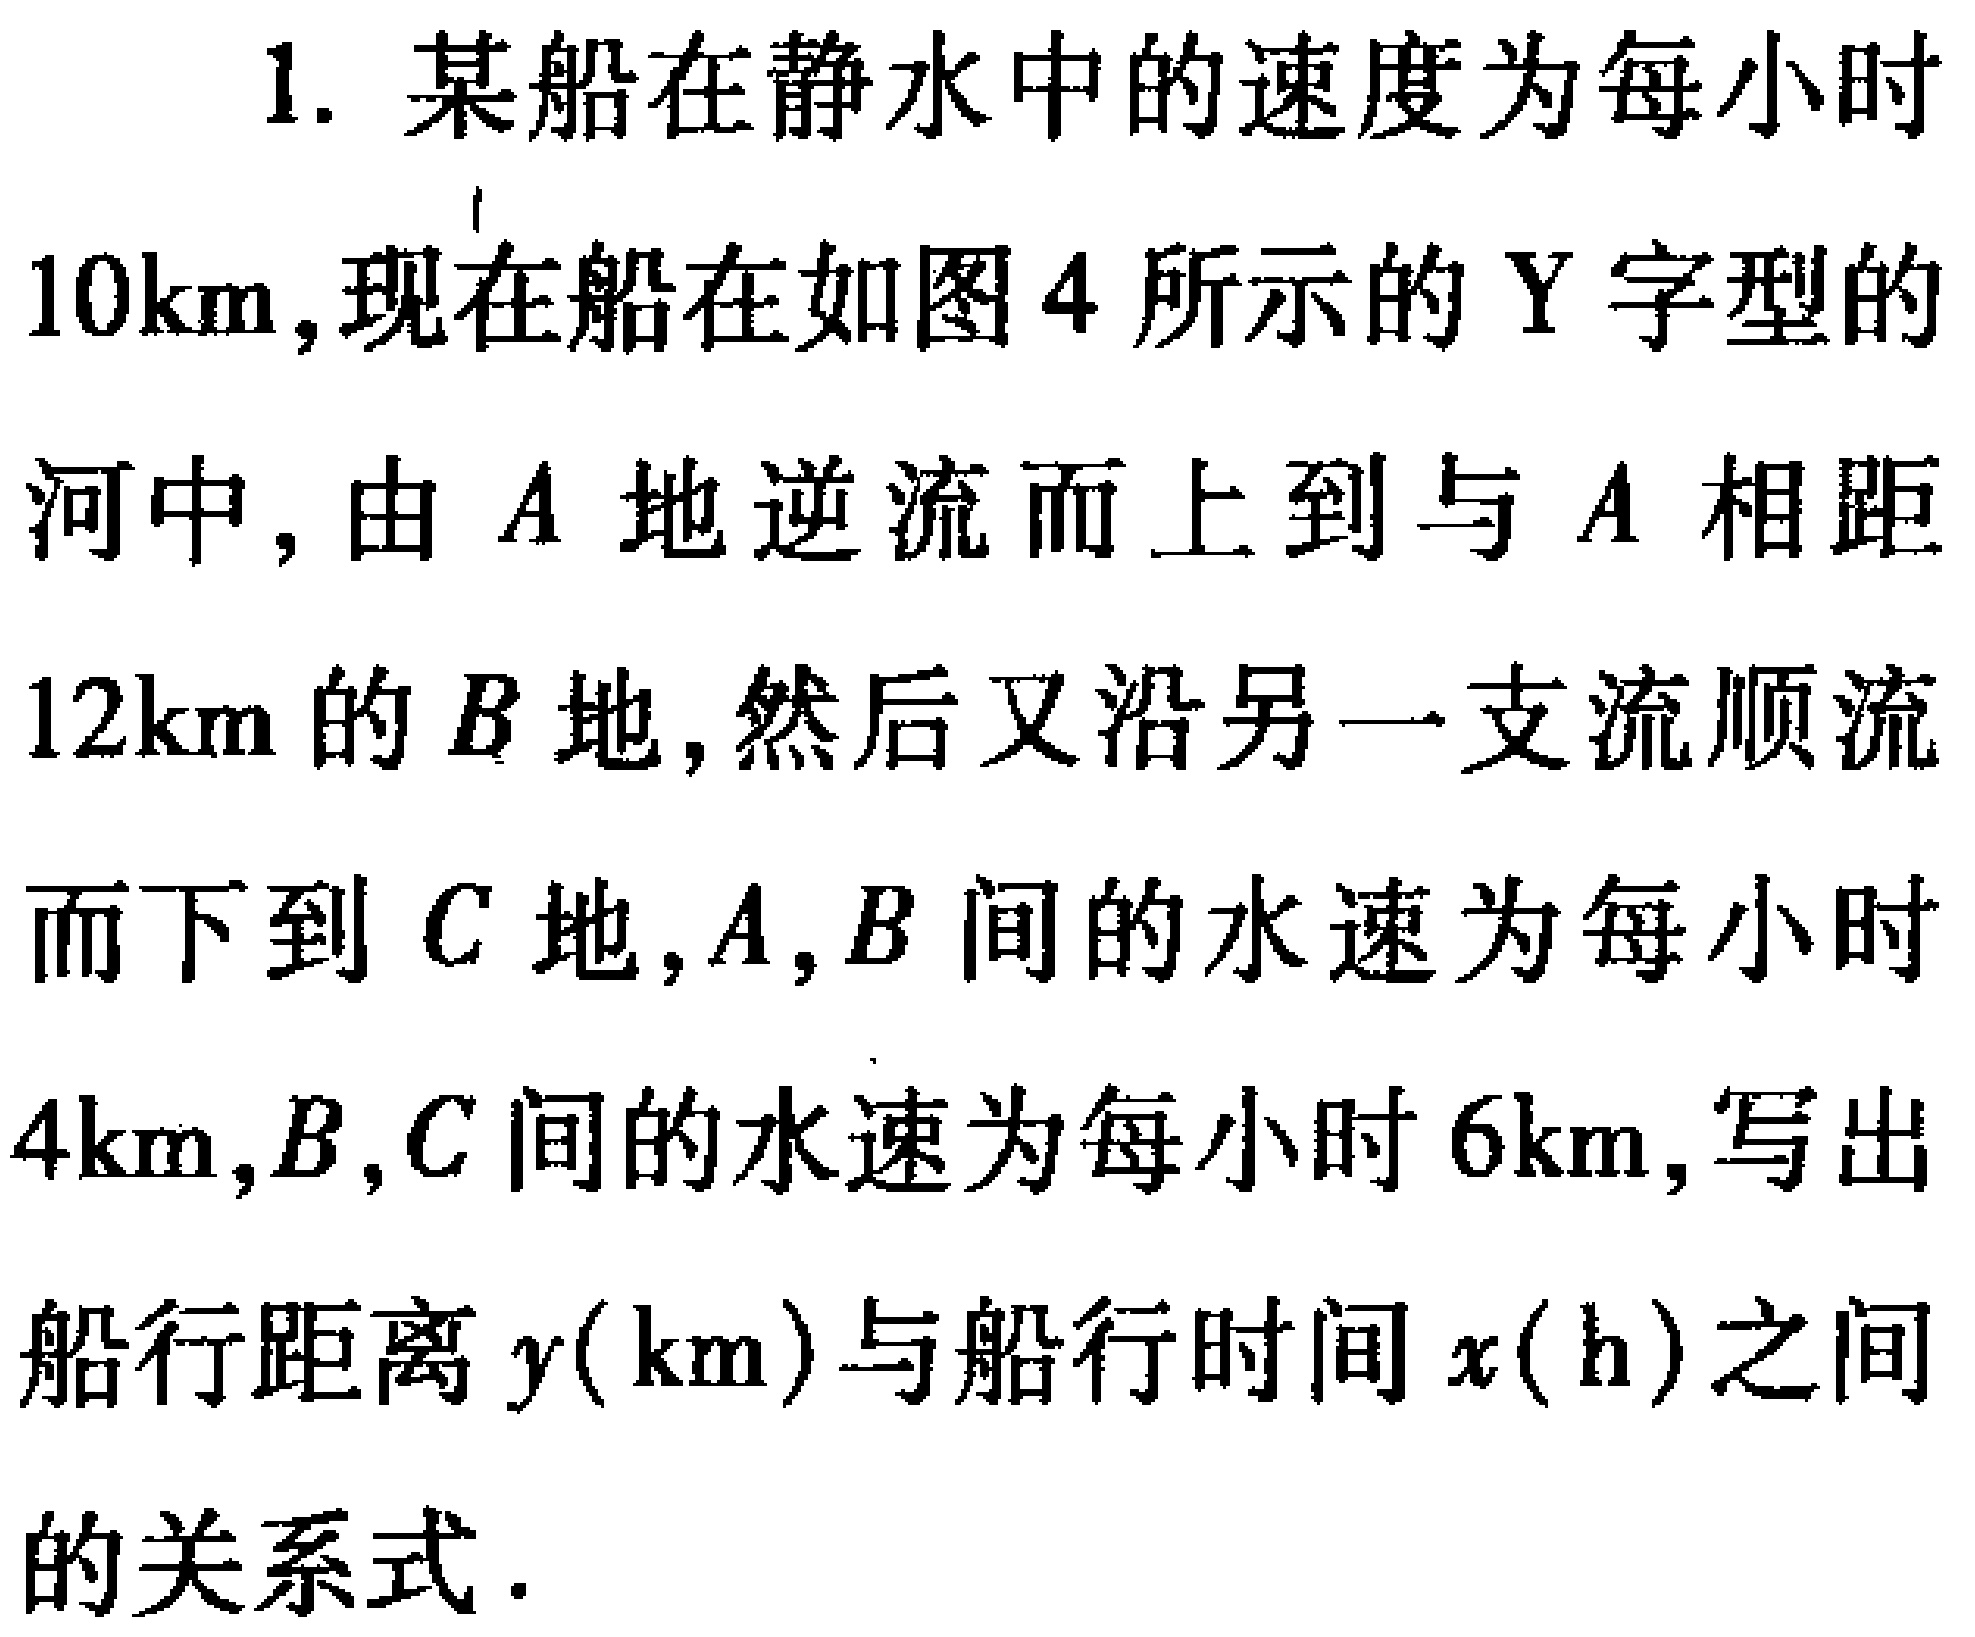
1. 某船在静水中的速度为每小时
\(10km\)，现在船在如图4所示的Y字型的
河中，由\(A\)地逆流而上到与\(A\)相距
\(12km\)的\(B\)地，然后又沿另一支流顺流
而下到\(C\)地，\(A,B\)间的水速为每小时
\(4km\)，\(B,C\)间的水速为每小时\(6km\)，写出
船行距离\(y(km)\)与船行时间\(x(h)\)之间
的关系式.